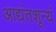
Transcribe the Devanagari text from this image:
आद्यंतशून्यं